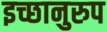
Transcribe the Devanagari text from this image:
इच्छानुरुप